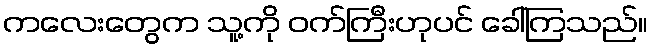
ကလေးတွေက သူ့ကို ဝက်ကြီးဟုပင် ခေါ်ကြသည်။